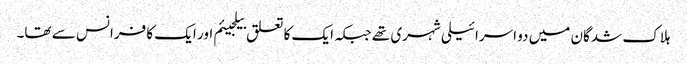
ہلاک شدگان میں دو اسرائیلی شہری تھے جبکہ ایک کا تعلق بیلجیئم اور ایک کا فرانس سے تھا۔